Report on horse surra - Volume II, Part II
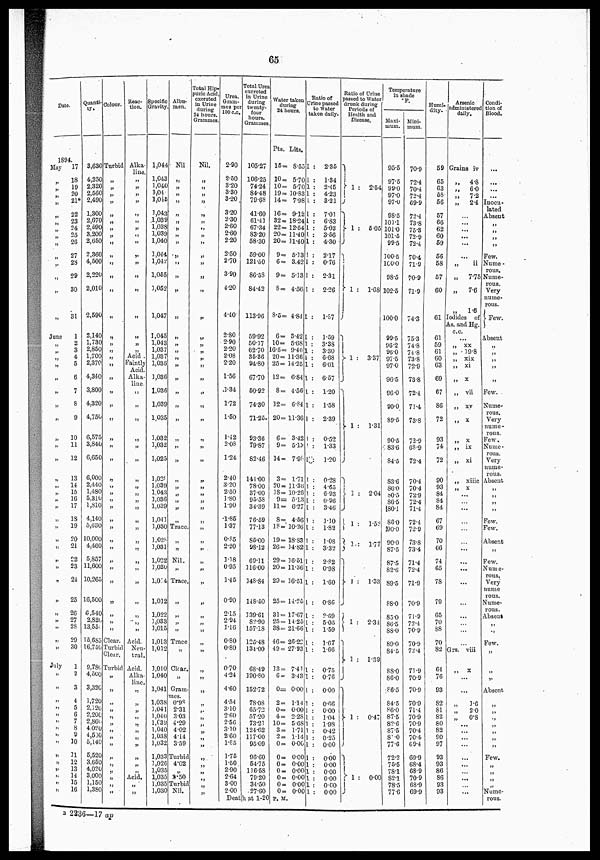
65
Date.
1894.
May
17
„
„
„
„
„
„
„
„
„
„
„
„
„
June
„
„
„
„
„
„
„
„
„
„
„
„
„
„
„
„
„
„
„
„
„
„
„
„
„
„
„
„
„
July
„
„
„
„
„
„
„
„
„
„
„
„
„
„
„
18
19
20
21*
22
23
24
25
26
27
28
29
30
31
1
2
3
4
5
6
7
8
9
10
11
12
13
14
15
16
17
18
19
20
21
£2
23
24
25
26
27
28
29
30
1
2
3
4
5
6
7
8
9
10
21
12
13
14
15
16
Quanti-
ty.
3,630
4,250
2,320
2,560
2,490
1,300
2,670
2,590
3,200
2,650
2,360
4,500
2,220
2,010
2,590
2,140
1,730
2,850
1,700
2,370
4,340
3,800
4,320
4,750
6,575
3,840
6,650
6,000
2,440
1,480
5,310
1,810
4,140
5,630
10,000
4,460
5,857
11,600
10,265
16,500
6,540
2,820
13,55:
15.685
16,756.
9,780
4,500
3,326
1,720
2,320
2,206
2,860
4.020
4,530
6,140
5,520
3,650
4.020
3,000
1,150
1,380
Colour.
Turbid
„
„
„
„
„
„
„
„
„
„
„
„
„
„
„
„
„
„
„
„
„
„
„
„
„
„
„
„
„
„
„
„
„
„
„
„
„
„
„
„
„
„
Clear.
Turbid
Clear.
Turbid
„
„
„
„
„
„
„
„
„
„
„
„
„
„
„
Reac-
tion.
Alka-
line.
„
„
„
„
„
„
„
„
„
„
„
„
„
„
„
„
„
Acid .
Faintly
Acid.
Alka-
line-
„
„
„
„
„
„
„
„
„
„
„
„
„
„
„
„
„
„
„
„
„
„
Acid.
Neu-
tral.
Acid.
Alka-
line.
„
„
„
„
„
„
„
„
„
„
Acid.
„
„
Specific
Gravity.
1,044
1,043
1,040
1,04
1,045
1,043
.1,039
1,038
1,039
1,040
1,014
1,045
1,055
3,052
1,047
1,045
1,043
1,037
1,037
1,036
1,036
1,036
1,039
1,035
3,032
3,032
1,025
1,038
1,039
1,043
3,036
1,039
1,041
1,030
1,028.
3,031
1,022
3,020
1,0:4
1,012
1,022
3,033
3,015
1,013
1,012
3,010
1,040
1,041
1,038
3,041
1,040
1.039
1,040
1,038
1,032
1,033
3,026
1,035
1,035
1,035
1,030
Albu-
men.
Nil
„
„
„
„
„
„
„
„
„
„
„
„
„
„
„
„
„
„
„
„
„
„
„
„
„
„
„
„
„
„
„
„
Trace.
„
„
Nil.
„
Trace.
„
„
„
„
Trace
„
Clear.
„
Gram-
mes.
0.98
2.31
303
4.29
4.02
4.14
3.59
Turbid
4.02
„
3.50
Turbid
Nil.
Total Hip¬
puric Acid,
excreted
in Urine
daring
24 hours.
Grammes.
Nil.
„
„
„
„
„
„
„
„
„
„
„
„
„
„
„
„
„
„
„
„
„
„
„
„
„
„
„
„
„
„
„
„
„
„
„
„
„
„
„
„
„
„
„
„
„
„
„
„
„
„
„
„
„
„
„
„
„
„
„
„
Urea
Gram-
mes por
100 c.c.
2.90
2.50
3.20
3.30
3.20
3.20
2.30
2.60
2.60
2.20
2.50
2.70
3.90
4.20
4.40
2.80
2.90
2.20
2.08
2.20
1.56
1.34
1.72
1.50
1.12
2.08
1.24
2.40
3.20
2.50
1.80
1.90
1.85
1.37
0.85
2.20
3.18
0.95
3.45
0.90
2.15
2.94
3.16
0.80
0.80
0.70
4.24
4.60
4.54
3.10
2.60
2.56
3.10
2.60
1.85
1.75
1.50
2.90
2.64
3.00
2.00
Total Urea
excreted
in Urine
during
twenty-
four
hours.
Grammes.
105.27
106.25
74.24
84.48
79.68
41.60
61.43
67.34
83.20
58.30
59.00
121.50
86.58
84.42
113.96
59.92
50.17
62.70
35.36
94.80
67.70
50.92
74.30
71.25.
93.36
79.87
82.46
141.00
78.00
37.00
95.58
34.39
76.59
77.13
85.00
98.12
69.11
116.00
348.84
148.50
339.61
82.90
157.18
125.48
134.00
68.49
390.80
152.72
78.08
65.72
57.20
73.21
124.62
117.00
95.09
96.60
54.75
116.58
79.20
34.50
27.60
Water taken
during
24 hours.
Pts. Lits.
15= 8.55
10= 5.70
10= 5.70
19= 10.83
14= 7.98
16= 9.12
32= 18.24
22= 12.64
20= 11.40
20= 11.40
9= 5.13
6= 3.42
9= 5.13
8= 4.56
8.5= 4.84
6= 3.42
10= 5.68
16-5= 9.40
20= 11.36
25= 34.25
12= 6.84
8= 4.56
32= 6.84
20= 11.36
6= 3.42
9= 5.13
14= 7.98
3= 1.71
20= 11.36
18= 10.26
9= 5.13
11= 6.27
8= 4.56
18= 10.26
19= 18.83
26=14.82
29= 16.51
20= 11.36
29= 36.51
25= 14.25
31= 17.67
25= 14.25
38= 21.66
46= 26.22
49= 27.93
13= 7.41
6= 3.48
0= 0.00
2= 1.14
0= 0.00
4= 2.28
10= 5.68
3= 1.71
2= 1.14
0= 0.00
0= 0.00
0= 0.00
0= 0.00
0= 0.00
0= 0.00
0= 0.00
Death at 1-20 P. M.
Ratio of
Urine passed
to water
taken daily.
1 :
2.35
1 :
1.34
1 : 2.45
1 : 4.23
1 :
3.21
1 :
7.01
1 :
6.83
1 :
5.03
1 :
3.56
1:
4.30
1 : 2.17
1 :
0.76
1 :
2.31
1 : 2.26
1:
1.87
1 :
1.59
1 :
3.38
1 :
3.30
1 :
6.68
1 :
6.01
1 :
6.57
1 :
1.20
1 :
1.58
1 : 2.39
1 :
0.52
1 :
1.33
1
1.20
1 : 0.28
1 : 4.65
1 : 6.93
1 : 0.96
1 : 3.46
1 : 1.10
1:
1.82
1 :
1.08
1 : 3.32
1 : 2.82
1 : 0.98
1 : 1.60
1 : 0.86
1 : 2.69
1:
5.05
1 : 1.59
1 :
1.67
I : 1.66
1 : 0.75
1 : 0.76
1 : 0.00
1 : 0.66
1 : 0.00
1 : 1.04
1 : 1.98
1 : 0.42
1 : 0.25
1 : 0.00
1 : 0.00
1 : 0.00
1 : 0.00
1 : 0.00
1 : 0.00
1 : 0.00
Ratio of Urine
passed to Water
drunk during
Periods of
Health and
Disease.
} 1 :
2.54
} 1 :
5.05
}1 :
1.68
} 1 :
3.37
} 1 :
1.31
} 1 : 2.04
} 1 : 1.52
3.:
1.77
} 1 :
1.33
} 1 :
2.34
} 1: 1.39
} 1 : 0-47
} 1 : 0-00
Temperature
in shade
Maxi-
mum.
95.5
97.5
99.0
97.0
97.0
98.5
101.1
101.0
101.5
99.5
300.5
100.0
98.5
102.5
100.0
99.5
96.2
96.0
97.5
97.0
96.5
96.0
90.0
89.5
90.5
83.6
84.5
83.6
86.0
80.5
86.5
180.1
86.0
90.0
90.0
87.5
87.5
82.6
89.5
88.0
85.0
86.5
88.0
89.0
84.5
88.0
86.0
86.5
84.5
86.0
87.5
82.6
87.5
8^.0
77.6
72.2
75.5
78.1
82.1
78.5
77.6
Mini-
mum.
70.9
72.4
70.4
72.4
69.9
72.4
73.8
75.8
72.9
72.4
70.4
71.9
70.9
71.9
74.3
75.3
74.8
74.8
73.8
72..9
73.8
72.4
71.4
73.8
72.9
68.9
72.4
70.4
70.4
72.9
72.4
71.4
72.4
72.9
73.8
73.4
71.4
72.4
71.9
70.9
71.9
72.4
70.9
70.9
72.4
71.9
70.9
70.9
70.9
71.4
70.9
70.9
70.4
70.4
69.4
69.9
68.4
68.9
70.9
68.9
69.9
Humi-
dity.
69
65
63
58
56
57
66
62
60
59
56
58
57
60
61
61
59
61
60
63
69
67
86
72
93
74
72
90
93
84
84
84
67
69
70
66
74
65
78
79
65
70
88
70
82
64
76
93
82
81
82
80
82
90
97
93
93
86
86
93
93
Arsenic
administered
doily.
Grains iv
„ 4.8
„
6.0
„
7.2
„
2.4
...
...
...
...
...
„ ii
„
7.75
„
7.6
1.6
Iodides of
As. and Hg,
...
„ xx
„ 1 9.8
„
xix
''
xi
'' x
„ vii
„ XV
„ x
„ x
„ ix
„
xi
„
xiiic
„
x
..
..
...
..
...
...
...
...
....
...
...
...
...
...
Grs. viii
... x
...
„
1.6
„
2.0
„
0.8
...
...
...
...
...
...
...
...
...
Condi-
tion of
Blood.
...
...
...
...
Inocu
lated
Absent
„
„
„
„
Few.
Nume-
rous.
Nume-
rons.
Very
nume-
rous.
}Few.
Absent
„ „
„
„
„
Few.
Nume-
rous
Very
Nume
rous.
Few.
Nume-
rous.
Very
nume-
rous.
Absent
„
„
„
Few.
Few.
Absent
„
Few.
Nume -
rous.
Very
nume
rous.
Nume-
rous.
Absent
„
„
Few.
„
„
„
Absent
„
„
„
„
„
„
„
Few.
„
„
„
„
Nume-
rous.
B 2236—17 ap